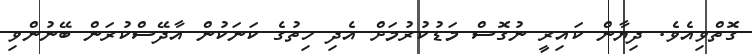
ގޮތްވިއެވެ. ދިޔާން ކައިރީ ނުގޮސް މަޑުކުރުމަށް އެދި ހިތުގެ ކަނަކުން އާދޭސްކުރަން ބޭނުންވި